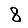
Digit: 8